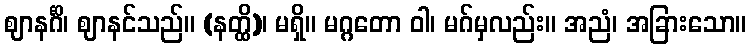
ဈာနင်္ဂိ၊ ဈာနင်သည်။ (နတ္ထိ)၊ မရှိ။ မဂ္ဂတော ဝါ၊ မဂ်မှလည်း။ အညံ၊ အခြားသော။